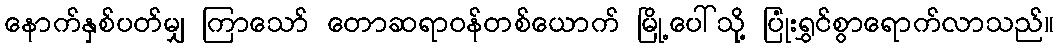
နောက်နှစ်ပတ်မျှ ကြာသော် တောဆရာဝန်တစ်ယောက် မြို့ပေါ်သို့ ပြုံးရွှင်စွာရောက်လာသည်။